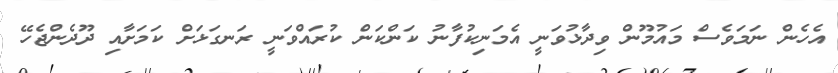
އެހެން ނަމަވެސް މައުމޫން ވިދާޅުވަނީ އެމަނިކުފާނު ކަންކަން ކުރައްވަނީ ރަނގަޅަށް ކަމަށާއި ދޫދެންޖެހޭ